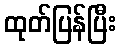
ထုတ်ပြန်ပြီး